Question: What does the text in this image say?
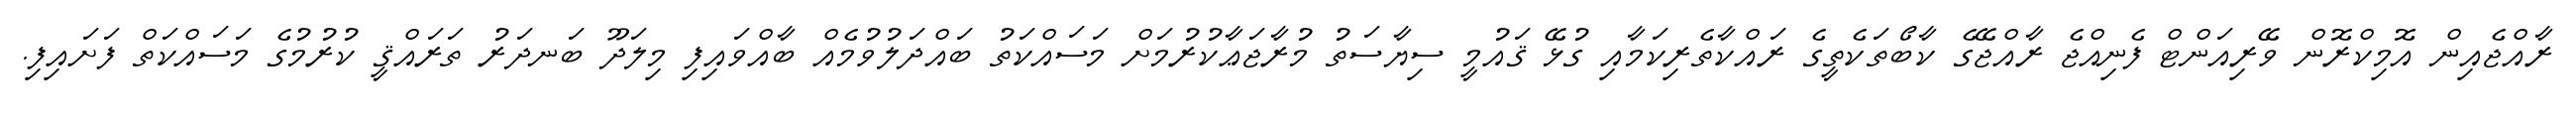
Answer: ރާއްޖެއިން އޮމިކްރޮން ވޭރިއަންޓް ފެނިއްޖެ ރާއްޖޭގެ ކާބޯތަކެތީގެ ރައްކާތެރިކަމާއި ގުޅޭ ޤައުމީ ސިޔާސަތު މުރާޖަޢާކުރުމަށް މަސައްކަތު ބައްދަލުވުމެއް ބާއްވައިފި މިލަދޫ ބަނދަރު ތަރައްޤީ ކުރުމުގެ މަސައްކަތް ފަށައިފި.